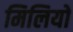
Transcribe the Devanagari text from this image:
मिलियो